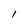
Character: I